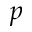
p